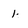
Character: 1